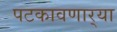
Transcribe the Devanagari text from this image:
पटकावणार्‍या